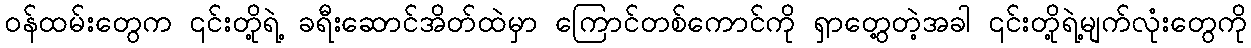
ဝန်ထမ်းတွေက ၎င်းတို့ရဲ့ ခရီးဆောင်အိတ်ထဲမှာ ကြောင်တစ်ကောင်ကို ရှာတွေ့တဲ့အခါ ၎င်းတို့ရဲ့မျက်လုံးတွေကို